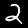
Digit: 2